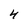
Character: 4